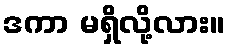
ဒကာ မရှိလို့လား။